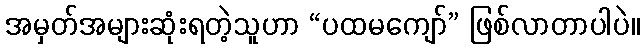
အမှတ်အများဆုံးရတဲ့သူဟာ “ပထမကျော်” ဖြစ်လာတာပါပဲ။